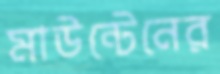
মাউন্টেনের